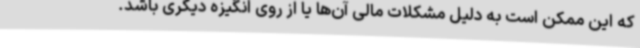
که این ممکن است به دلیل مشکلات مالی آن‌ها یا از روی انگیزه دیگری باشد.